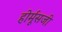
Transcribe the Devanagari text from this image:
होर्मूसजी